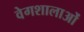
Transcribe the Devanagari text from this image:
वेगशालाओं